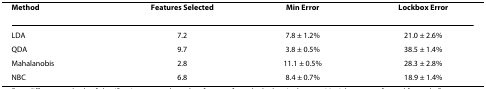
<table><thead><tr><td><b>Method</b></td><td><b>Features Selected</b></td><td><b>Min Error</b></td><td><b>Lockbox Error</b></td></tr></thead><tbody><tr><td>LDA</td><td>7.2</td><td>7.8 ± 1.2%</td><td>21.0 ± 2.6%</td></tr><tr><td>QDA</td><td>9.7</td><td>3.8 ± 0.5%</td><td>38.5 ± 1.4%</td></tr><tr><td>Mahalanobis</td><td>2.8</td><td>11.1 ± 0.5%</td><td>28.3 ± 2.8%</td></tr><tr><td>NBC</td><td>6.8</td><td>8.4 ± 0.7%</td><td>18.9 ± 1.4%</td></tr></tbody></table>